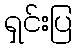
ရှင်းပြ